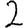
Digit: 2